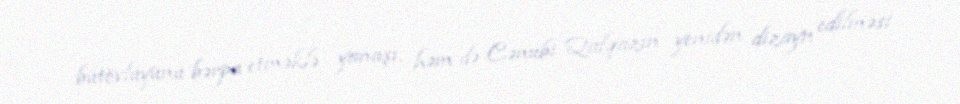
bütövlüyünü bərpa etməklə yanaşı, həm də Cənubi Qafqazın yenidən dizayn edilməsi